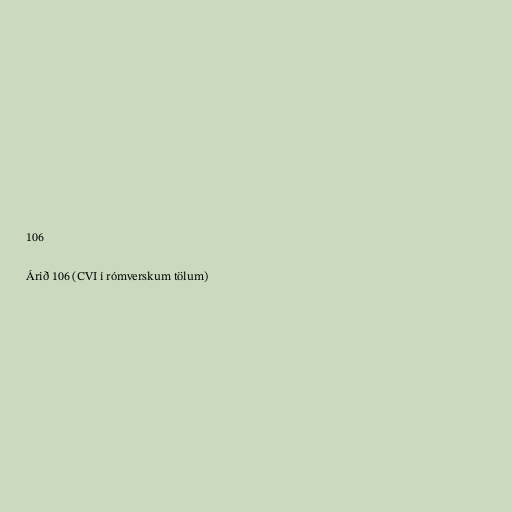
106

Árið 106 (CVI í rómverskum tölum)